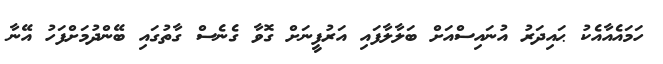
ހަމައެއާއެކު ޙައިދަރު އުނައިސްއަށް ބަލާލާފައި އަރުފީނަށް ގޮވާ ގެނެސް ގާތުގައި ބޭންދުމަށްފަހު އޭނާ